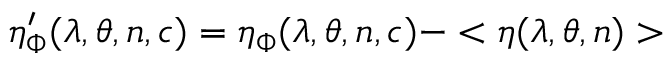
\eta _ { \Phi } ^ { \prime } ( \lambda , \theta , n , c ) = \eta _ { \Phi } ( \lambda , \theta , n , c ) - < \eta ( \lambda , \theta , n ) >